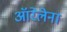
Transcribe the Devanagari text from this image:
ऑरेलेना